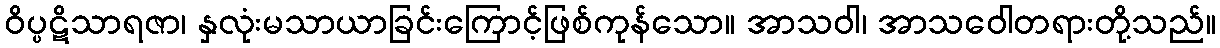
ဝိပ္ပဋိသာရဇာ၊ နှလုံးမသာယာခြင်းကြောင့်ဖြစ်ကုန်သော။ အာသဝါ၊ အာသဝေါတရားတို့သည်။